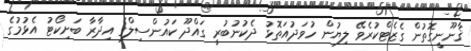
ޤާނޫނީގޮތުން ގެޒެޓްކުރެވޭ ލިޔުން ހުވަދުއަތޮޅު ދެކުނުބުރީ ގައްދޫ ކައުންސިލްގެ އިދާރާ ބަށިކޯޓު އެޅުމުގެ